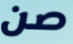
صن